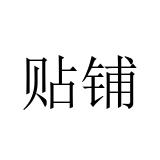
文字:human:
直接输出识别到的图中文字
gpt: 贴铺